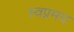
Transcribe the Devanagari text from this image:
स्वप्रमय